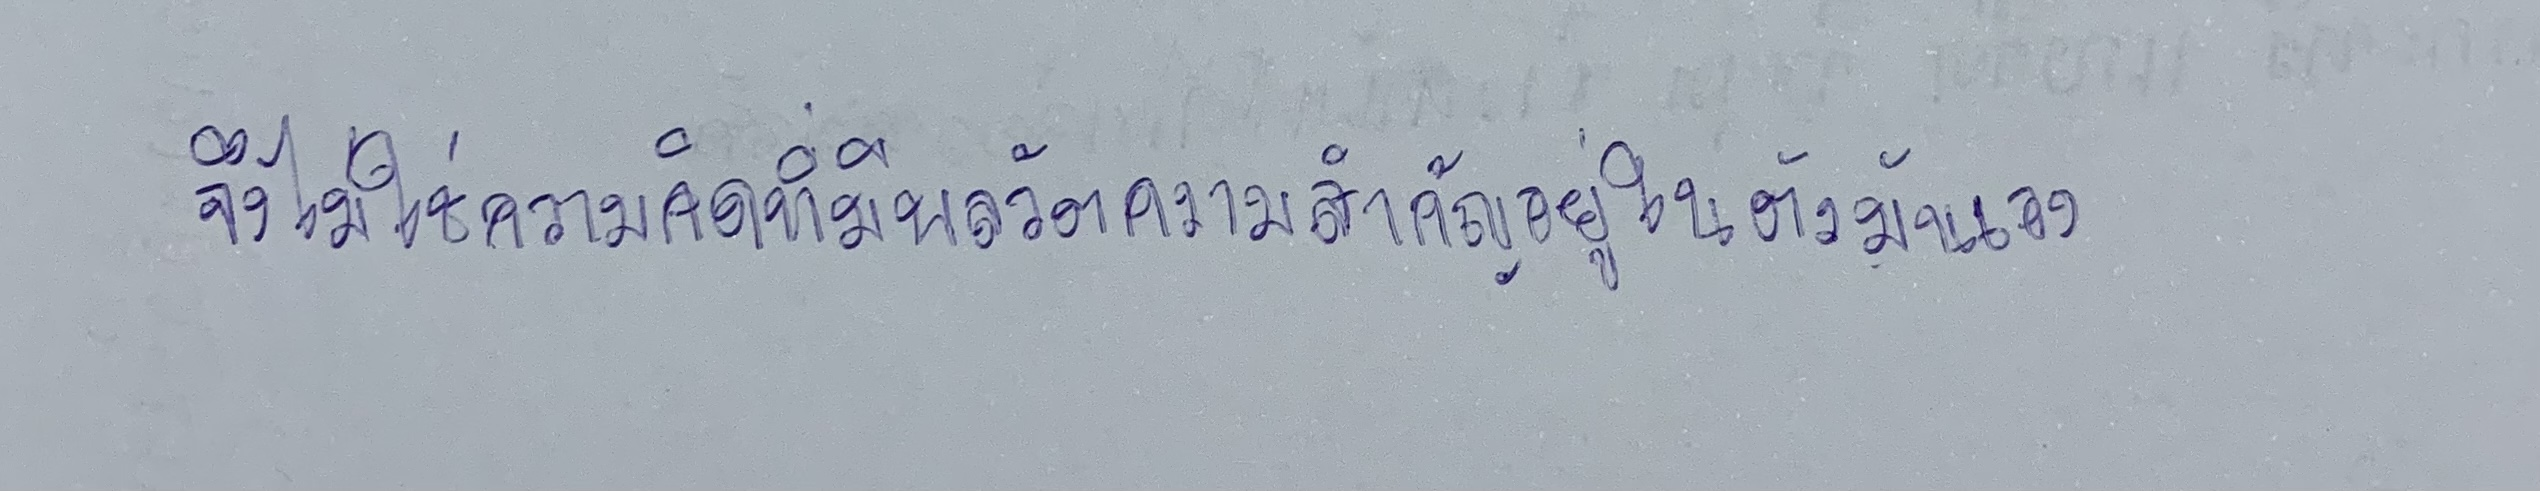
จึงไม่ใช่ความคิดที่มีพลวัตความสำคัญอยู่ในตัวมันเอง